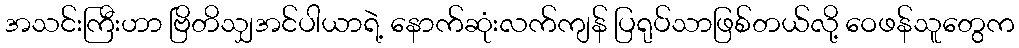
အသင်းကြီးဟာ ဗြိတိသျှအင်ပါယာရဲ့ နောက်ဆုံးလက်ကျန် ပြရုပ်သာဖြစ်တယ်လို့ ဝေဖန်သူတွေက